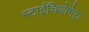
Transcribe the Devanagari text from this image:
स्टाईचिओमेट्रा